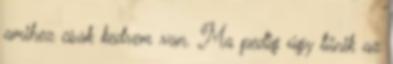
amihez csak kedvem van. Ma pedig úgy tűnik az